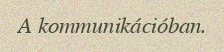
A kommunikációban.